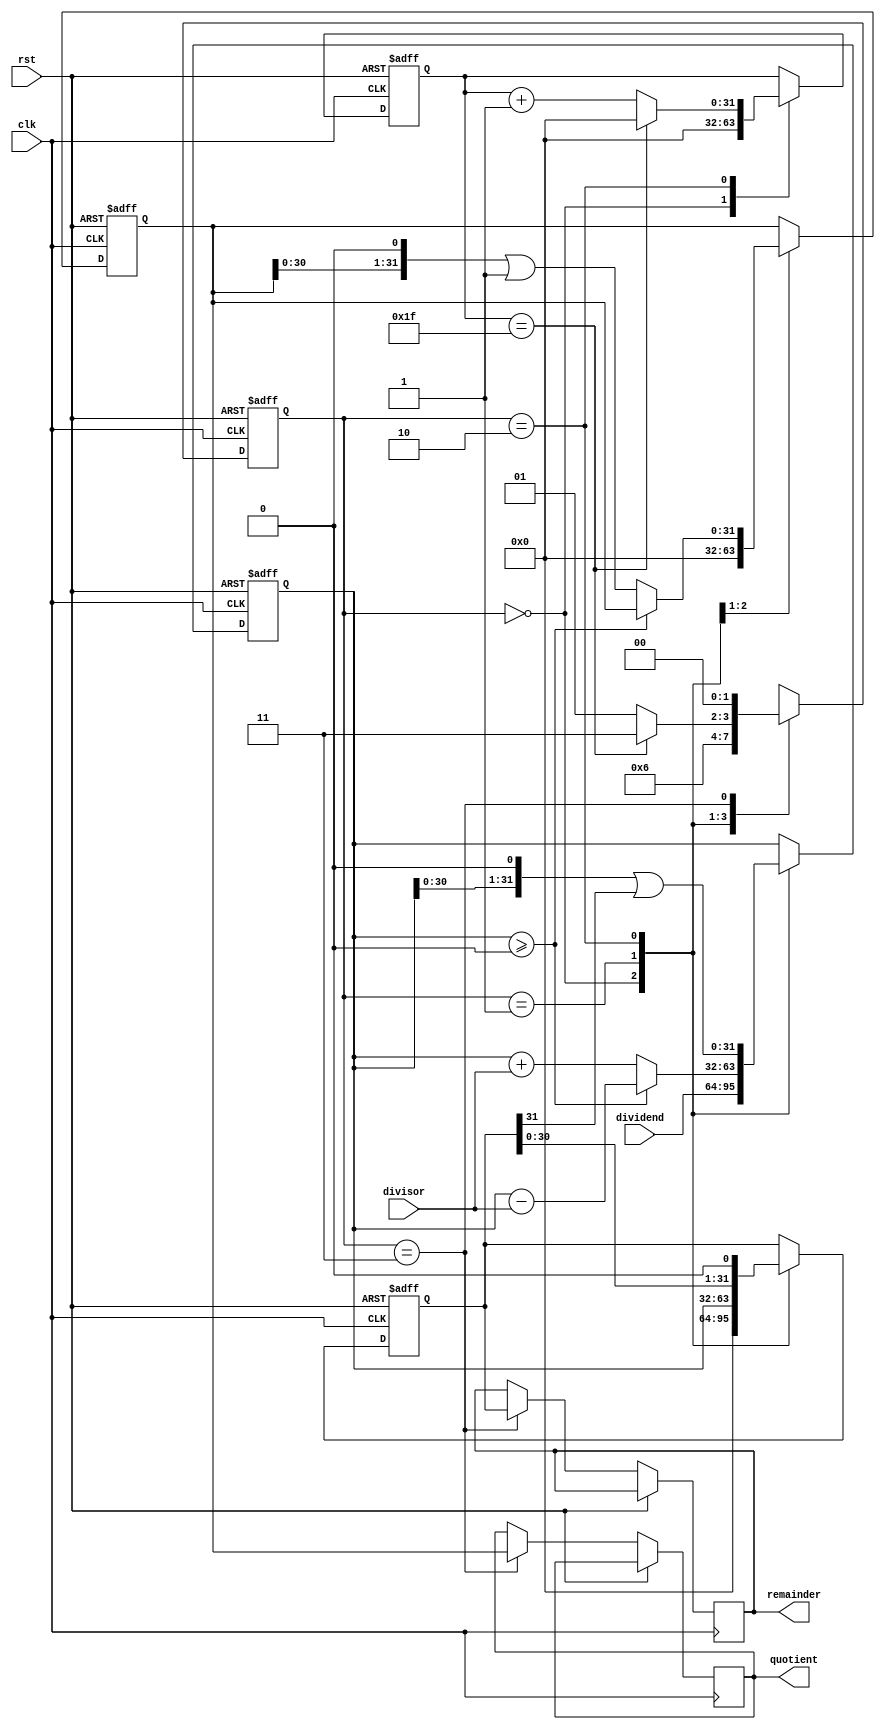
module NonRestoringDivider(
    input wire clk,
    input wire rst,
    input wire [31:0] dividend,
    input wire [31:0] divisor,
    output wire [31:0] quotient,
    output wire [31:0] remainder
);

reg [31:0] div_register;
reg [31:0] quo_register;
reg [31:0] rem_register;
reg [1:0] state;
reg [31:0] counter;

always @(posedge clk or posedge rst) begin
    if (rst) begin
        div_register <= 0;
        quo_register <= 0;
        rem_register <= 0;
        state <= 2'b00;
        counter <= 0;
    end else begin
        case(state)
            2'b00: begin // Load Dividend and Divisor
                div_register <= dividend;
                quo_register <= 0;
                rem_register <= 0;
                counter <= 0;
                state <= 2'b01;
            end
            2'b01: begin // Non-Restoring Division Algorithm
                if (div_register >= 0) begin
                    div_register <= div_register - divisor;
                    rem_register <= div_register;
                    state <= 2'b10;
                end else begin
                    div_register <= div_register + divisor;
                    quo_register <= quo_register << 1 | 1;
                    rem_register <= div_register;
                    state <= 2'b10;
                end
            end
            2'b10: begin // Shift Dividend and Divisor
                div_register <= div_register << 1 | (rem_register >> 31);
                rem_register <= rem_register << 1;
                
                if (counter == 31) begin
                    counter <= 0;
                    state <= 2'b11;
                end else begin
                    counter <= counter + 1;
                    state <= 2'b01;
                end
            end
            2'b11: begin // Final result
                quotient <= quo_register;
                remainder <= rem_register;
                state <= 2'b00;
            end
            default: state <= 2'b00;
        endcase
    end
end

endmodule